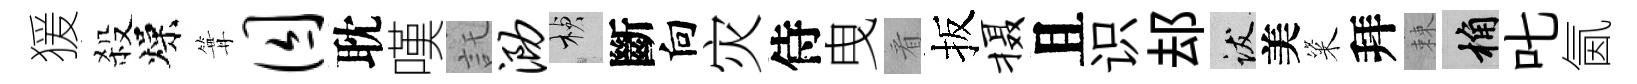
猨殺燥篝囚耽嘆託泐楨斷向灾侍曳㸔扳摄且识𨚫跋美粢拜棘桷叱氤